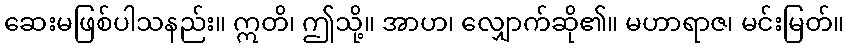
ဆေးမဖြစ်ပါသနည်း။ ဣတိ၊ ဤသို့။ အာဟ၊ လျှောက်ဆို၏။ မဟာရာဇ၊ မင်းမြတ်။